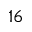
1 6